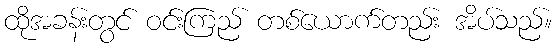
ထိုအခန်းတွင် ဝင်းကြည် တစ်ယောက်တည်း အိပ်သည်။